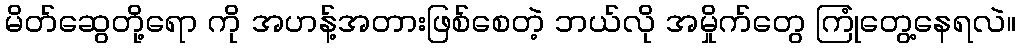
မိတ်ဆွေတို့ရော ကို အဟန့်အတားဖြစ်စေတဲ့ ဘယ်လို အမှိုက်တွေ ကြုံတွေ့နေရလဲ။